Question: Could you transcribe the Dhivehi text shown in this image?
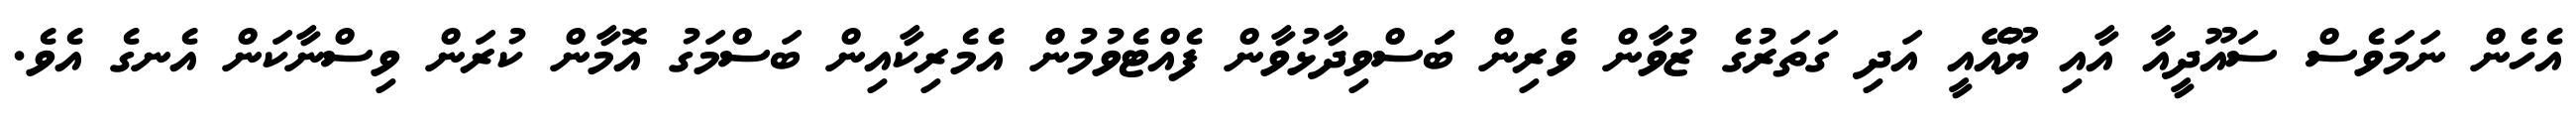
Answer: އެހެން ނަމަވެސް ސައޫދީއާ އާއި ޔޫއޭއީ އަދި ގަތަރުގެ ޒުވާން ވެރިން ބަަސްވިދާޅުވާން ފެއްޓެވުމުން އެމެރިކާއިން ބަސްމަގު އޮމާން ކުރަން ވިސްނާކަން އެނގެ އެވެ.